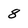
Character: 8